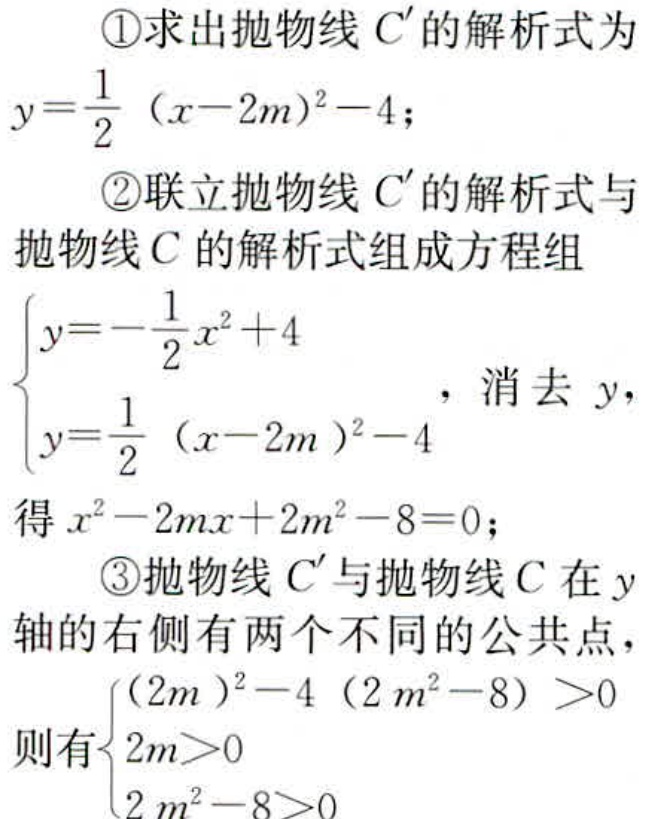
\textcircled{1}求出抛物线 \(C'\) 的解析式为
\(y = \frac{1}{2}(x - 2m)^{2}-4\)；
\textcircled{2}联立抛物线 \(C'\) 的解析式与
抛物线 \(C\) 的解析式组成方程组
\(\begin{cases}y = -\frac{1}{2}x^{2}+4\\y = \frac{1}{2}(x - 2m)^{2}-4\end{cases}\)，消去 \(y\)，
得 \(x^{2}-2mx + 2m^{2}-8 = 0\)；
\textcircled{3}抛物线 \(C'\) 与抛物线 \(C\) 在 \(y\) 轴的右侧有两个不同的公共点，
则有\(\begin{cases}(2m)^{2}-4(2m^{2}-8)>0\\2m>0\\2m^{2}-8>0\end{cases}\)